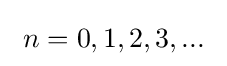
\ n=0,1,2,3,...\